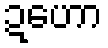
ဍဟော